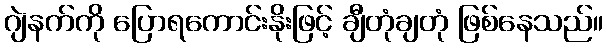
ဂျဲနက်ကို ပြောရကောင်းနိုးဖြင့် ချီတုံချတုံ ဖြစ်နေသည်။